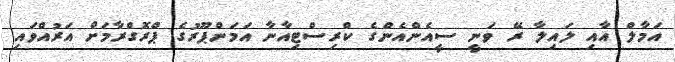
އަމާލް އާއި ލައިލާ ރޭ ވަނީ ސީއެންއެންގެ ކްރިސްޓިއާނާ އަމަންޕޫރުގެ ޕްރޮގްރާމަށް އަރުއްވައި